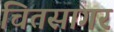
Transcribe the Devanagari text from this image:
चितसागर